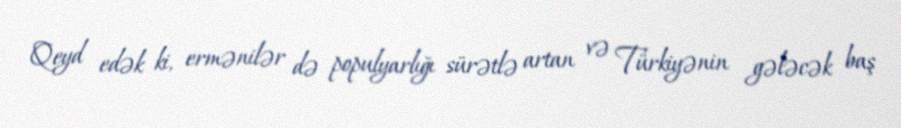
Qeyd edək ki, ermənilər də populyarlığı sürətlə artan və Türkiyənin gələcək baş